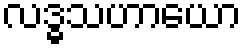
လဒ္ဓသဟာယော